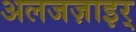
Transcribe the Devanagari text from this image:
अलजज़ाइर्